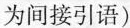
为间接引语)